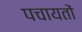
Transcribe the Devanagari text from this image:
पचायतों